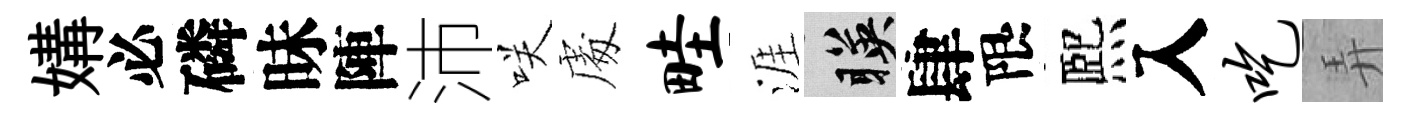
媾必磷昧陣沛咲䖏畦涯暎肆限熈入吃弄